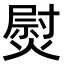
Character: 熨